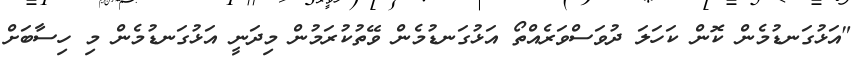
"އަޅުގަނޑުމެން ކޮން ކަހަލަ ދުވަސްވަރެއްތޯ އަޅުގަނޑުމެން ވޭތުކުރަމުން މިދަނީ އަޅުގަނޑުމެން މި ހިސާބަށް